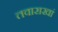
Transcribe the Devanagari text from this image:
तवाराखां